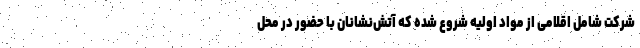
شرکت شامل اقلامی از مواد اولیه شروع شده که آتش‌نشانان با حضور در محل